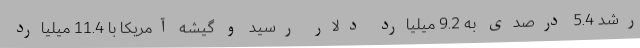
رشد 5.4 درصدی به 9.2 میلیارد دلار رسید و گیشه آمریکا با 11.4 میلیارد